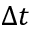
\Delta t